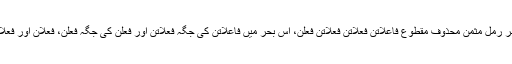
لیکن اسی بحر رمل کی ایک مزاحف شکل، بحر رمل مثمن محذوف مقطوع فاعلاتن فعلاتن فعلاتن فعلن، اس بحر میں فاعلاتن کی جگہ فعلاتن اور فعلن کی جگہ فَعِلن، فعلان اور فَعِلان آ سکتے ہیں اور یوں آٹھ وزن بن جاتے ہیں۔